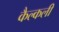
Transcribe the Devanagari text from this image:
कैल्कली